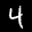
Label: 4